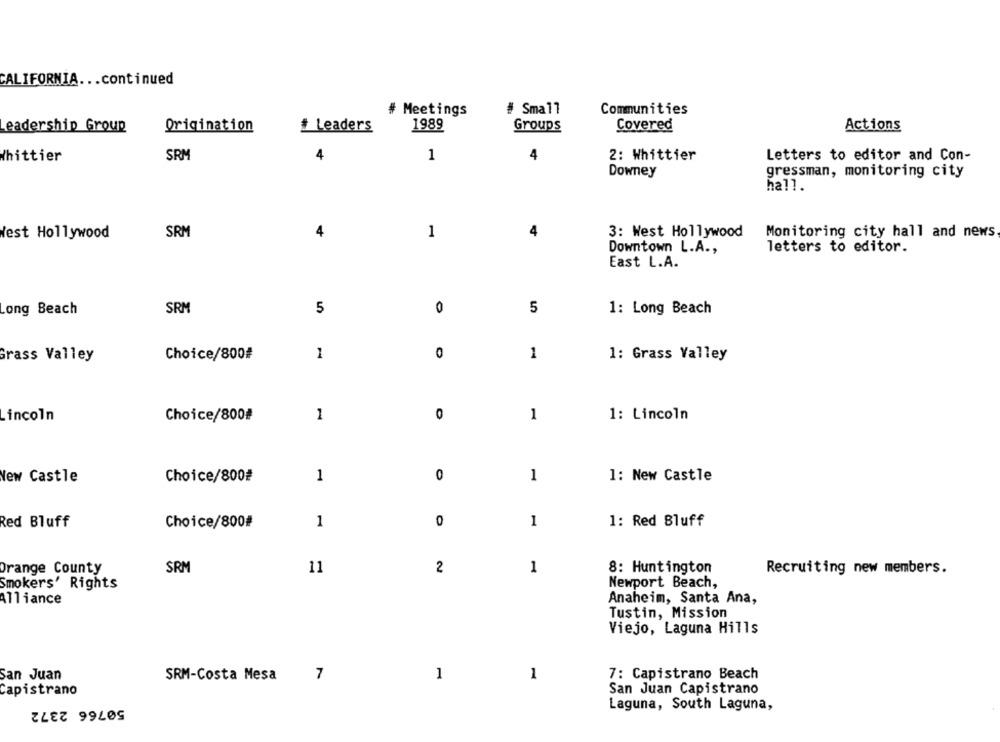
CALIFORNIA ... continued
# Meetings
# Small
Communities
1989
Groups
Actions
eadership Group
Origination
# Leaders
Covered
SRM
1
Whittier
4
2: Whittier
Letters to editor and Con-
Downey
gressman, monitoring city
hall.
West Hollywood
SRM
4
1
4
3: West Hollywood
Monitoring city hall and news
Downtown L.A .,
letters to editor.
East L.A.
ong Beach
SRM
5
0
5
1: Long Beach
Choice/800#
1
0
1
1: Grass Valley
Grass Valley
1
Lincoln
Choice/800#
1
O
1: Lincoln
New Castle
Choice/800#
1
0
1
1: New Castle
Red Bluff
Choice/800#
1
0
1
1: Red Bluff
Orange County
SRM
11
2
1
8: Huntington
Recruiting new members.
Smokers' Rights
Newport Beach,
Alliance
Anaheim, Santa Ana,
Tustin, Mission
Viejo, Laguna Hills
7
1
7: Capistrano Beach
San Juan
SRM-Costa Mesa
1
Capistrano
San Juan Capistrano
50766 2372
Laguna, South Laguna,